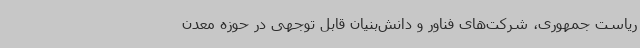
ریاست جمهوری، شرکت‌های فناور و دانش‌بنیان قابل توجهی در حوزه معدن